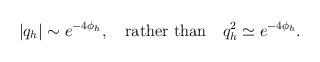
LaTeX: \begin{align*}|q_{h}|\sim e^{-4\phi_{h}},\quad\hbox{rather than}\quad q_{h}^2 \simeq e^{-4\phi_{h}}. \end{align*}